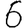
Digit: 6